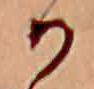
か